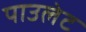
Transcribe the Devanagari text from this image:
पाउलेट